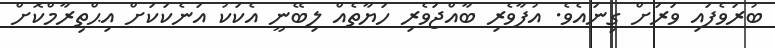
ބުރަވެފައި ވަރަށް ގިނައެވެ. އުފާވެރި ބާއްޖަވެރި ހަޔާތެއް ލިބޭނީ އެކަކު އަނެކަކަށް އިޙްތިރާމްކޮށް